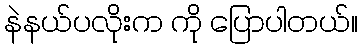
နဲနယ်ပလိုးက ကို ပြောပါတယ်။